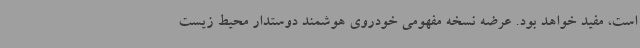
است، مفید خواهد بود. عرضه نسخه مفهومی خودروی هوشمند دوستدار محیط زیست